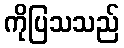
ကိုပြသသည်